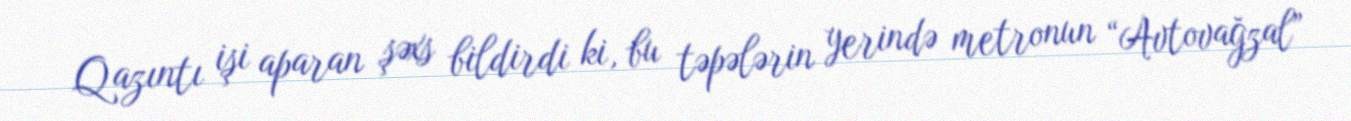
Qazıntı işi aparan şəxs bildirdi ki, bu təpələrin yerində metronun “Avtovağzal”